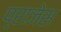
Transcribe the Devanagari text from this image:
प्राजेस